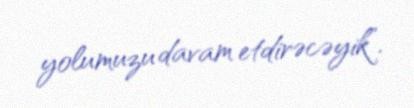
yolumuzu davam etdirəcəyik”.